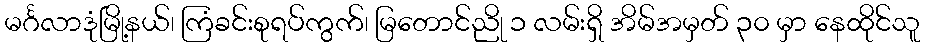
မင်္ဂလာဒုံမြို့နယ်၊ ကြံခင်းစုရပ်ကွက်၊ မြတောင်ညို ၁ လမ်းရှိ အိမ်အမှတ် ၃၀ မှာ နေထိုင်သူ